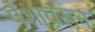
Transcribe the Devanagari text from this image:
पैशावरून